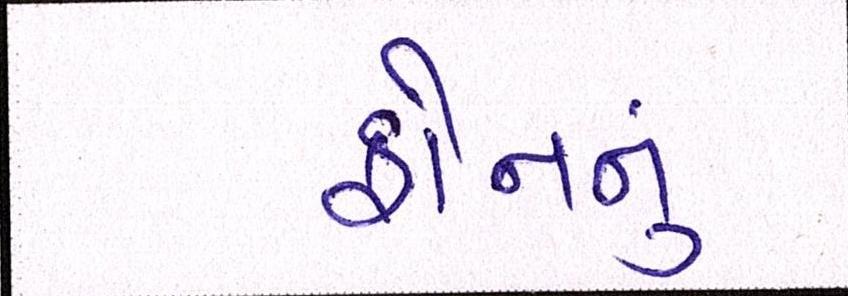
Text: ફોનનું